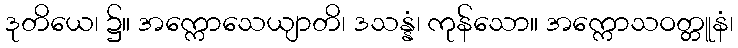
ဒုတိယေ၊ ၌။ အက္ကောသေယျာတိ၊ ဒသန္နံ၊ ကုန်သော။ အက္ကောသဝတ္တူနံ၊